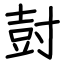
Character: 尌